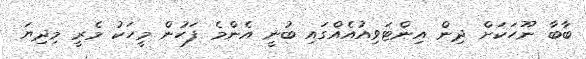
ބާބާ ނޫހަކަށް ދިން އިިންޓަވިއުއެއްގައި ބުނީ އެންމެ ފަހުން މީހަކު މެރީ މިދިޔަ